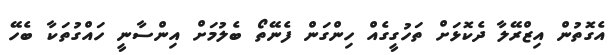
އެގޮތުން އިޒްރޭލާ ދެކޮޅަށް ތަހުގީގެއް ހިންގަން ފެނޭތޯ ބެލުމަށް އިންސާނީ ހައްގުތަކާ ބެހޭ